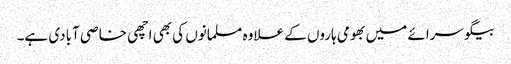
بیگو سرائے میں بھومی ہاروں کے علاوہ مسلمانوں کی بھی اچھی خاصی آبادی ہے۔